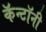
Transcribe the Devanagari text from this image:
कॅन्टॉनी